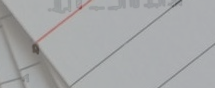
صيدلية دار السلام: صحتك أ